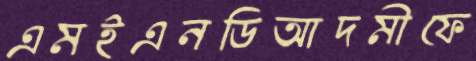
এমইএনডিআদমীফে